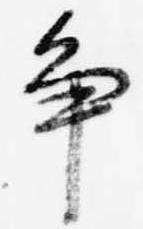
争